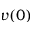
v ( 0 )